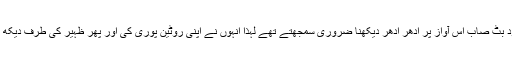
ہزار دفعہ یوں پکارے جانے کے باوجود بٹ صاب اس آواز پر ادھر ادھر دیکھنا ضروری سمجھتے تھے لہذا انہوں نے اپنی روٹین پوری کی اور پھر ظہیر کی طرف دیکھ کے سر ہلایا اور اپنا لُڑھکنا چالو کردیا۔